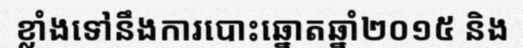
ខ្លាំងទៅនឹងការបោះឆ្នោតឆ្នាំ២០១៥ និង